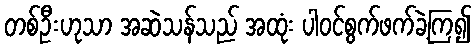
တစ်ဦးဟုသာ အဆဲသန်သည် အထုံး ပါဝင်စွက်ဖက်ခဲ့ကြ၍